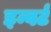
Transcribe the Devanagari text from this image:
इन्वर्ट